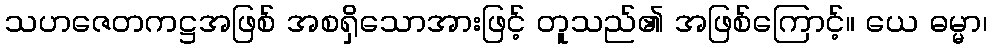
သဟဇေတကဋ္ဌအဖြစ် အစရှိသောအားဖြင့် တူသည်၏ အဖြစ်ကြောင့်။ ယေ ဓမ္မာ၊